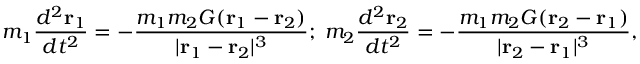
m _ { 1 } { \frac { d ^ { 2 } { \mathbf { r } } _ { 1 } } { d t ^ { 2 } } } = - { \frac { m _ { 1 } m _ { 2 } G ( { \mathbf { r } } _ { 1 } - { \mathbf { r } } _ { 2 } ) } { | { \mathbf { r } } _ { 1 } - { \mathbf { r } } _ { 2 } | ^ { 3 } } } ; \; m _ { 2 } { \frac { d ^ { 2 } { \mathbf { r } } _ { 2 } } { d t ^ { 2 } } } = - { \frac { m _ { 1 } m _ { 2 } G ( { \mathbf { r } } _ { 2 } - { \mathbf { r } } _ { 1 } ) } { | { \mathbf { r } } _ { 2 } - { \mathbf { r } } _ { 1 } | ^ { 3 } } } ,